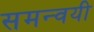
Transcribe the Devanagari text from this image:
समन्वयी